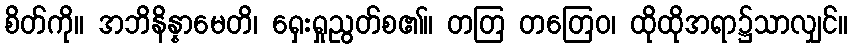
စိတ်ကို။ အဘိနိန္နာမေတိ၊ ရှေးရှုညွတ်စ၏။ တတြ တတြေဝ၊ ထိုထိုအရာ၌သာလျှင်။